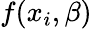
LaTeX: f(x_{i},\beta)